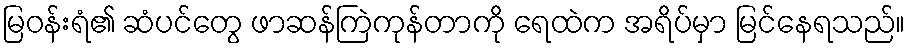
မြဝန်းရံ၏ ဆံပင်တွေ ဖာဆန်ကြဲကုန်တာကို ရေထဲက အရိပ်မှာ မြင်နေရသည်။